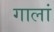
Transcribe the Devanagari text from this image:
गालां